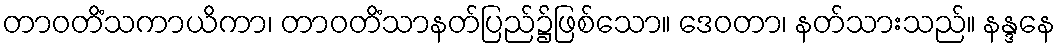
တာဝတိံသကာယိကာ၊ တာဝတိံသာနတ်ပြည်၌ဖြစ်သော။ ဒေဝတာ၊ နတ်သားသည်။ နန္ဒနေ